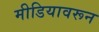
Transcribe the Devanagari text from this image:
मीडियावरून